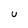
Character: U